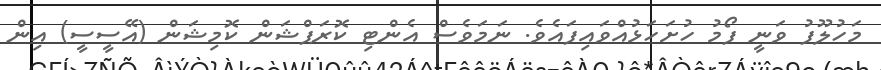
މަހުލޫފު ވަނީ ފޯމު ހުށަހަޅުއްވައިފައެވެ. ނަމަވެސް އެންޓި ކޮރަޕްޝަން ކޮމިޝަން (އޭސީސީ) އިން